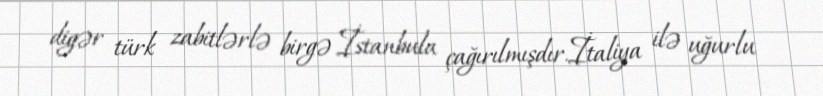
digər türk zabitlərlə birgə İstanbula çağırılmışdır.İtaliya ilə uğurlu